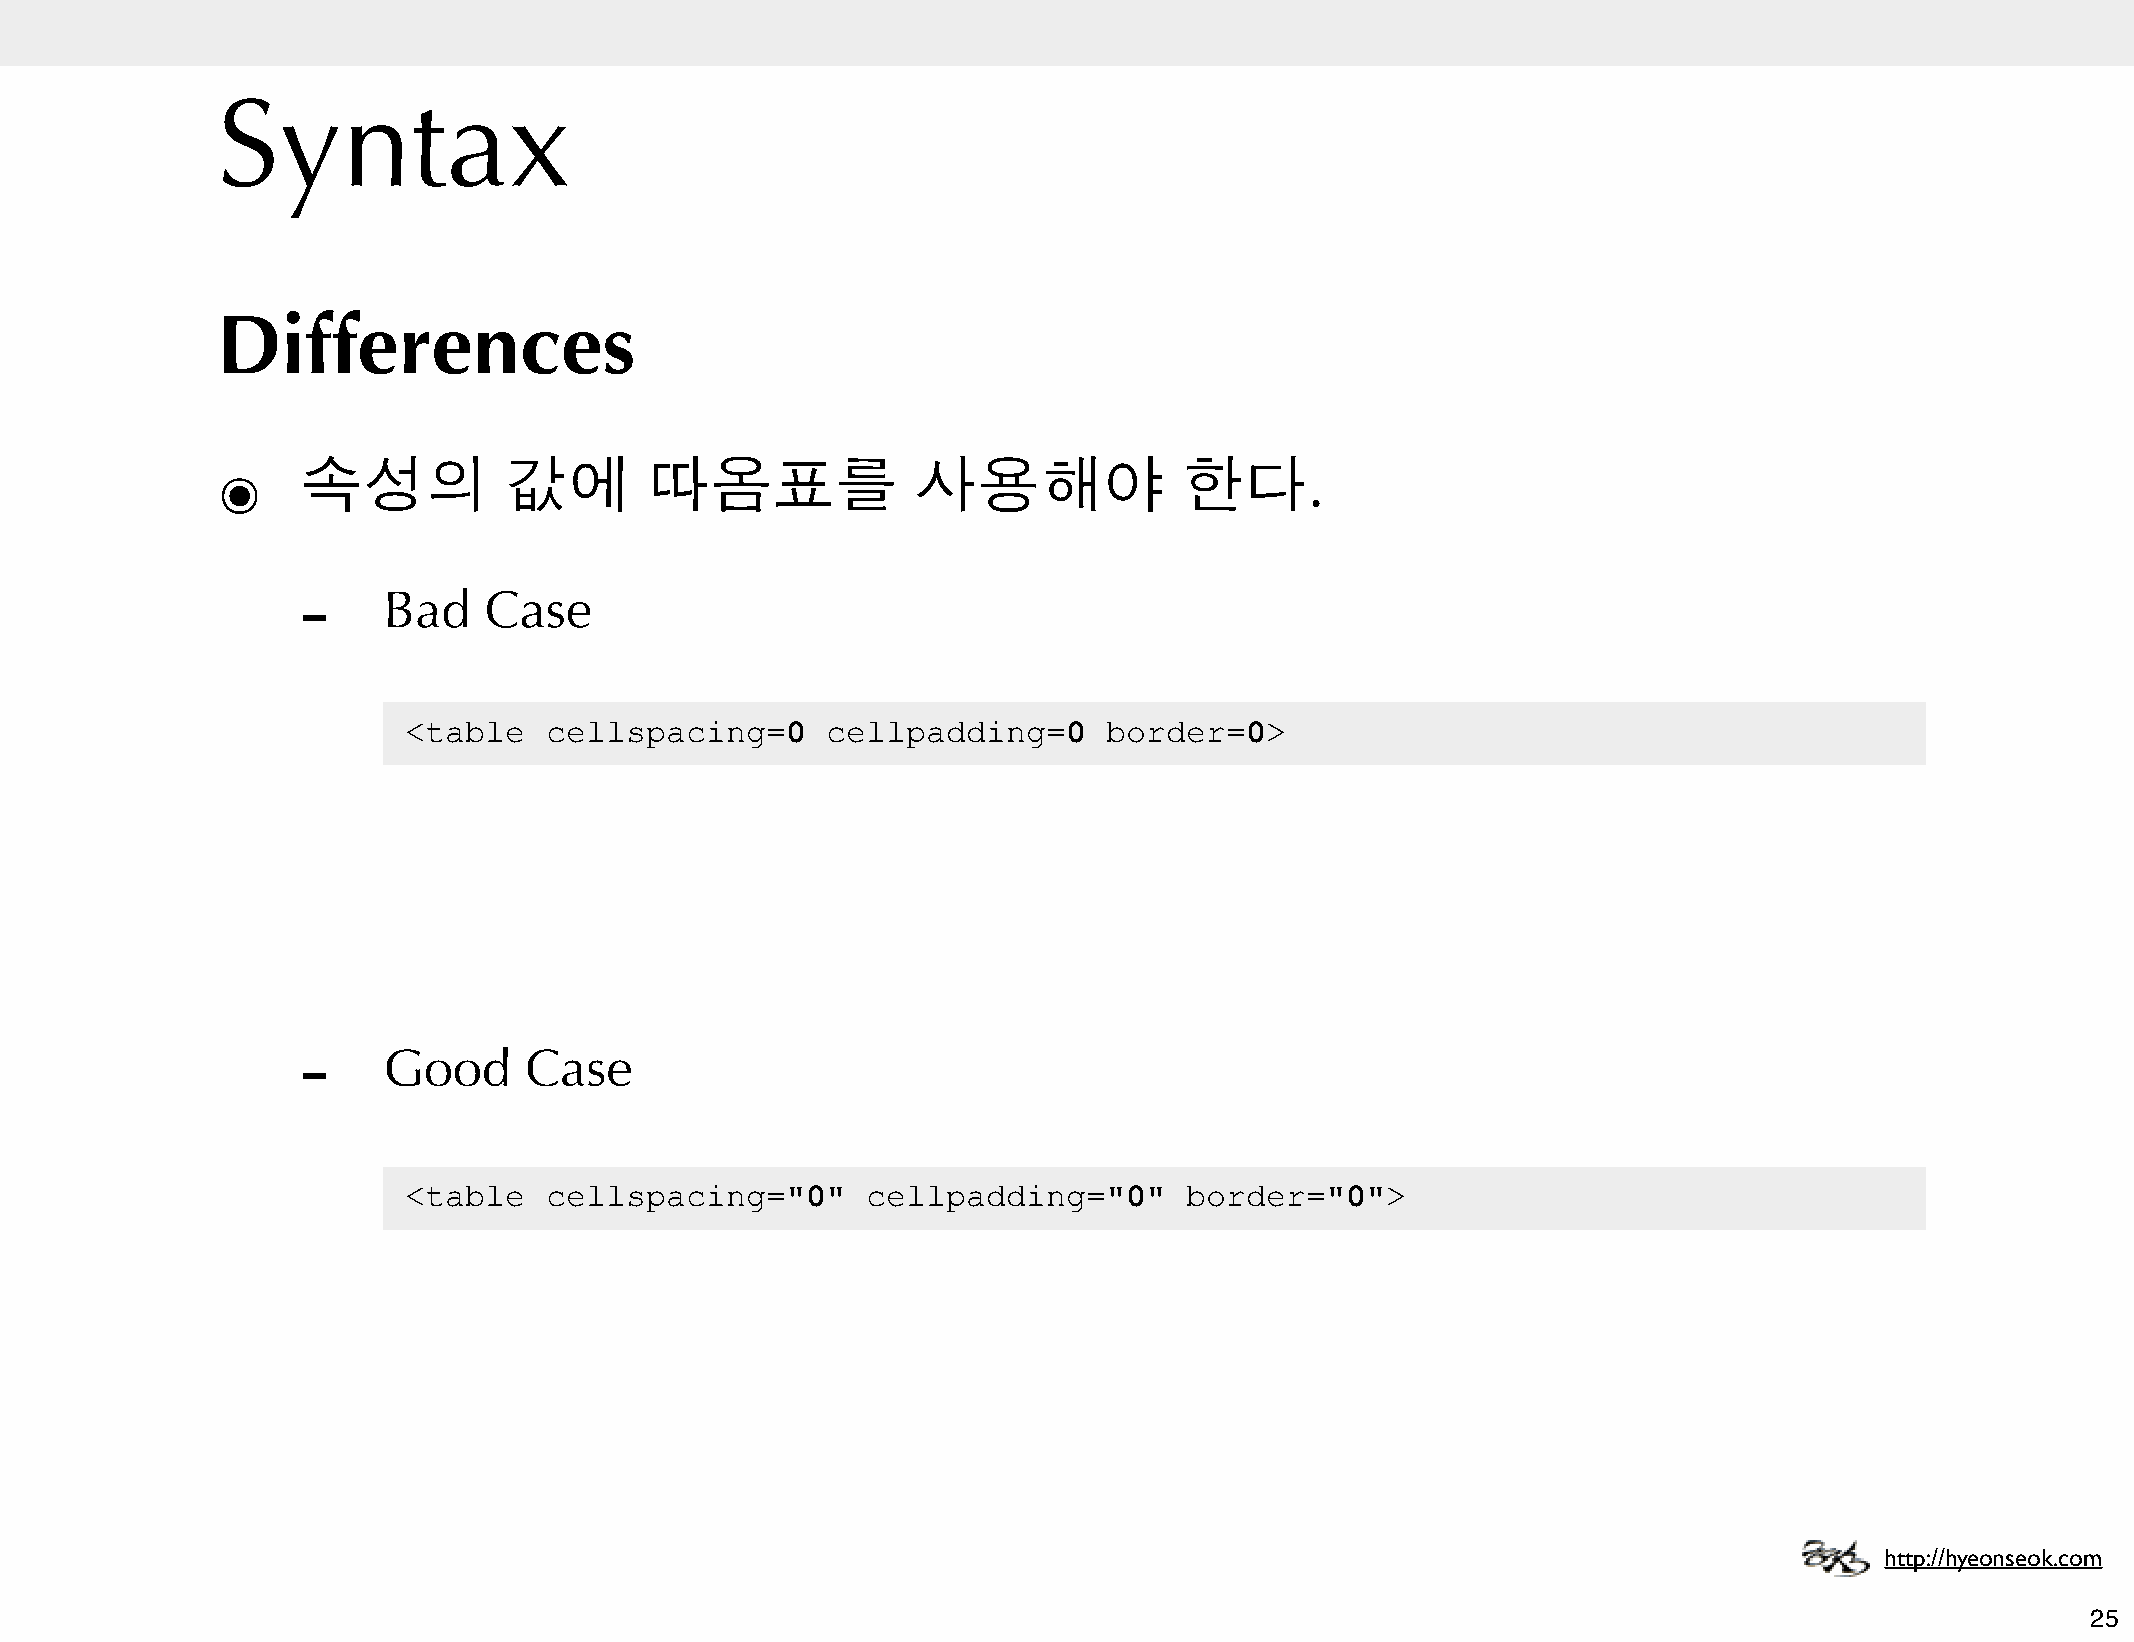
Syntax
 Differences
 ๏     속성의          값에        따옴표를              사용해야             한다.
 -
 Bad    Case
 <table   cellspacing=0      cellpadding=0     border=0>
 -
 Good      Case
 <table   cellspacing="0"      cellpadding="0"      border="0">
 http://hyeonseok.com
 25